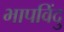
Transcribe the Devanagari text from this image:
भापविंदु